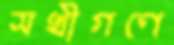
সখীগণে